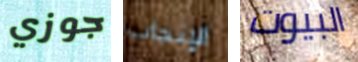
جوزي الإنجاب البيوت